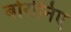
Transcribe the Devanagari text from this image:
बोरोनिए